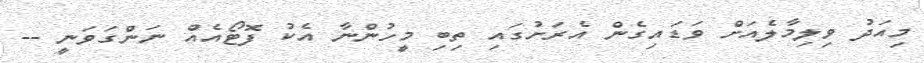
މިއަދު ވިލިމާލެއަށް ވަޑައިގެން އެރަށުގައި ތިބި މީހުންނާ އެކު ފޮޓޯއެއް ނަންގަވަނީ --